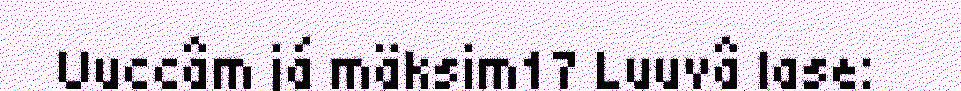
Uuccâm já mäksim17 Luuvâ lase: